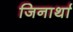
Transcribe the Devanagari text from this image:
जिनार्था